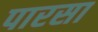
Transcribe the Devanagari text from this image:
पारसा